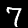
Label: 7